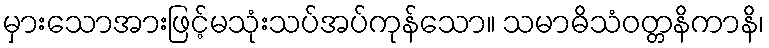
မှားသောအားဖြင့်မသုံးသပ်အပ်ကုန်သော။ သမာဓိသံဝတ္တနိကာနိ၊